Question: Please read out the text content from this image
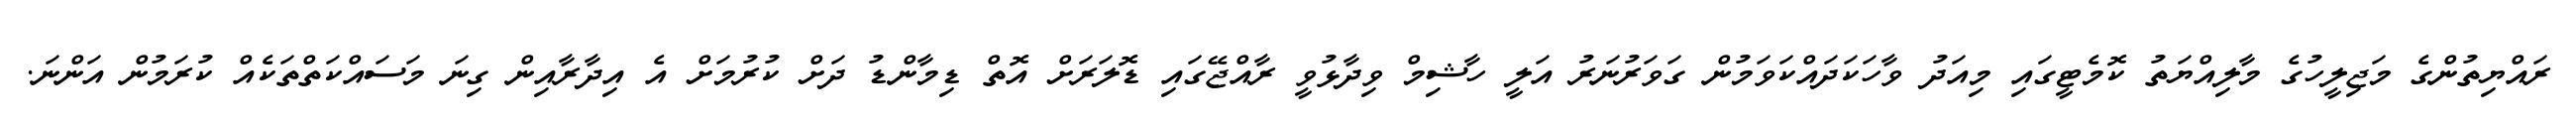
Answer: ރައްޔިތުންގެ މަޖިލީހުގެ މާލިއްޔަތު ކޮމެޓީގައި މިއަދު ވާހަކަދައްކަވަމުން ގަވަރުނަރު އަލީ ހާޝިމް ވިދާޅުވީ ރާއްޖޭގައި ޑޮލަރަށް އޮތް ޑިމާންޑު ދަށް ކުރުމަށް އެ އިދާރާއިން ގިނަ މަސައްކަތްތަކެއް ކުރަމުން އަންނަ.